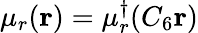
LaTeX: \mu_{r}(\mathbf{r})=\mu_{r}^{\dagger}(C_{6}\mathbf{r})